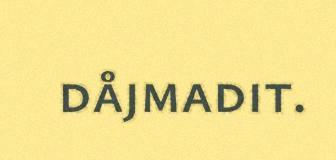
dåjmadit.